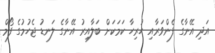
އަދި އޭނާގެ ފެންވަރާއި ހުރިހާ ކަމަކަށް ބަލާއިރު އޭނާގެ ލަނޑު ޖެހުމުގެ ފޯމް